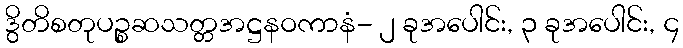
ဒွိတိစတုပဉ္စဆသတ္တအဋ္ဌနဝကာနံ- ၂ ခုအပေါင်း, ၃ ခုအပေါင်း, ၄